Lunatic asylums Central Provinces reports 1886-1894 - 1886-1894
Year: 1886
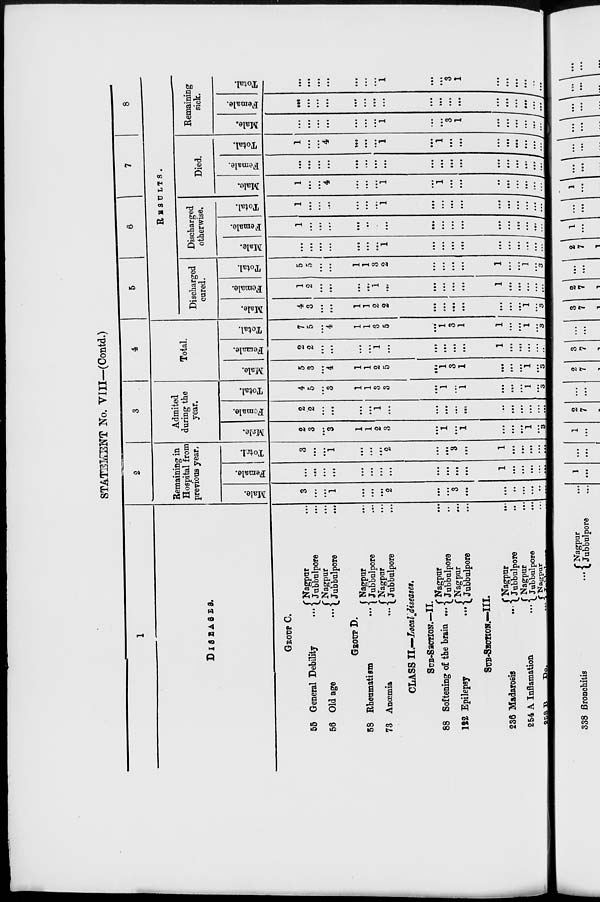
STATEMENT No. VIII—(Contd.)
1
DISEASES.
GROUP C.
55 General Debility...
56 Old age
...
Nagpur...
Jubbulpore...
Nagpur...
Jubbulpore...
GROUP D.
58 Rheumatism...
73
Anœmia...
Nagpur...
Jubbulpore...
Nagpur...
Jubbulpore...
CLASS II.—Local diseases.
SUB-SECTION.—II.
88 Softening of the brain ...
112 Epilepsy
...
Nagpur
...
Jubbulpore...
Nagpur...
Jubbulpore...
SUB-SECTION.—III.
236 Madarosis...
254 A Inflamation...
258 B
Do. ...
Nagpur...
Jubbulpore...
Nagpur...
Jubbulpore...
Nagpur...
Jubbulpore ...
2
Remaining in
Hospital from
previous year.
Male.
3
...
...
1
...
...
...
2
...
...
3
...
...
...
...
...
...
...
Female.
...
...
...
...
...
...
...
...
...
...
...
...
1
...
...
...
...
...
Total.
3
...
...
1
...
...
...
2
...
...
3
...
1
...
...
...
...
...
3
Admited
during the
year.
Male.
2
3
...
3
1
1
2
3
...
1
...
1
...
...
...
1
...
3
Female.
2
2
...
...
...
...
1
...
...
...
...
...
...
...
...
...
...
...
Total.
4
5
...
3
1
1
3
3
...
1
...
1
...
...
...
1
...
3
4
Total.
Male.
5
3
...
4
1
1
2
5
...
1
3
1
...
...
...
1
... 3
Female.
2
2
...
...
...
...
1
...
...
...
...
...
1
...
...
...
...
...
Total.
7
5
...
4
1
1
3
5
...
1
3
1
1
...
...
1
... 3
5
6
7
8
RESULTS.
Discharged
cured.
Male.
4
3
...
...
1
1
2
2
...
...
...
...
...
...
...
1
...
3
Female.
1
2
...
...
...
...
1
...
...
...
...
...
1
...
...
...
...
...
Total.
5
5
...
...
1
1
3
2
...
...
...
...
1
...
...
1
...
3
Discharged
otherwise.
Male.
...
...
...
...
...
...
...
1
...
...
...
...
...
...
...
...
...
...
Female.
1
...
...
...
...
...
...
...
...
...
...
...
...
...
...
...
...
...
Total.
1
...
...
...
...
...
...
1
...
...
...
...
...
...
...
...
...
...
Died.
Male.
1
...
...
4
...
...
...
1
...
1
...
...
...
...
...
...
...
...
Female.
...
...
...
...
...
...
...
...
...
...
...
...
...
...
...
...
...
...
Total.
1
...
...
4
...
...
...
1
...
1
...
...
...
...
...
...
...
...
Remaining
sick.
Male.
...
...
...
...
...
...
...
1
...
...
3
1
...
...
...
...
...
....
Female.
...
...
...
...
...
...
...
...
...
...
...
...
...
...
...
...
...
...
Total.
...
...
...
...
...
...
...
1
...
...
3
1
...
...
...
...
...
...